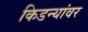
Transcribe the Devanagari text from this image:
किडन्यांवर